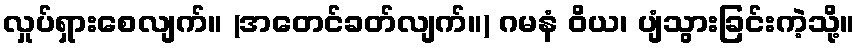
လှုပ်ရှားစေလျက်။ (အတေင်ခတ်လျက်။) ဂမနံ ဝိယ၊ ပျံသွားခြင်းကဲ့သို့။